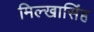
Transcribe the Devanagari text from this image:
मिल्खासिंह